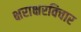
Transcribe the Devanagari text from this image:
क्षराक्षरविचार